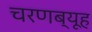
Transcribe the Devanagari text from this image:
चरणब्यूह